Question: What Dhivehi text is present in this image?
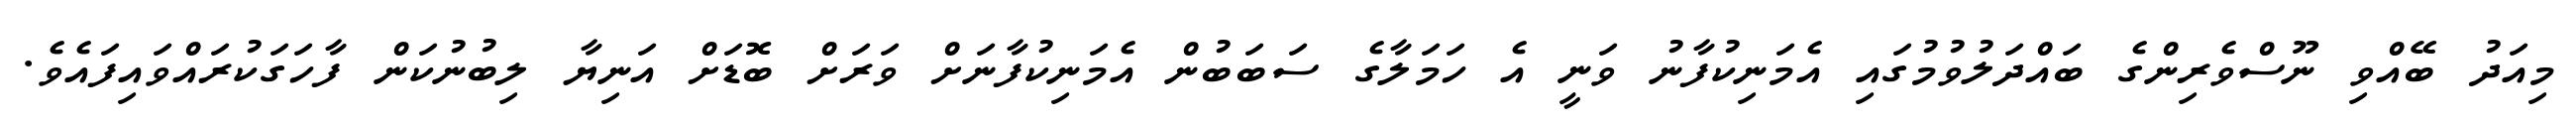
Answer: މިއަދު ބޭއްވި ނޫސްވެރިންގެ ބައްދަލުވުމުގައި އެމަނިކުފާނު ވަނީ އެ ހަމަލާގެ ސަބަބުން އެމަނިކުފާނަށް ވަރަށް ބޮޑަށް އަނިޔާ ލިބުނުކަން ފާހަގަކުރައްވައިފައެވެ.